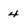
Character: 4